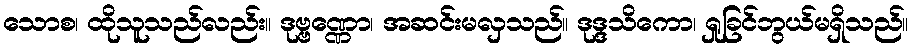
သောစ၊ ထိုသူသည်လည်း။ ဒုဗ္ဗဏ္ဏော၊ အဆင်းမလှသည်။ ဒုဒ္ဒသိကော၊ ရှုခြင်ဘွယ်မရှိသည်။